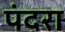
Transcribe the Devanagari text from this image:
पंदरा